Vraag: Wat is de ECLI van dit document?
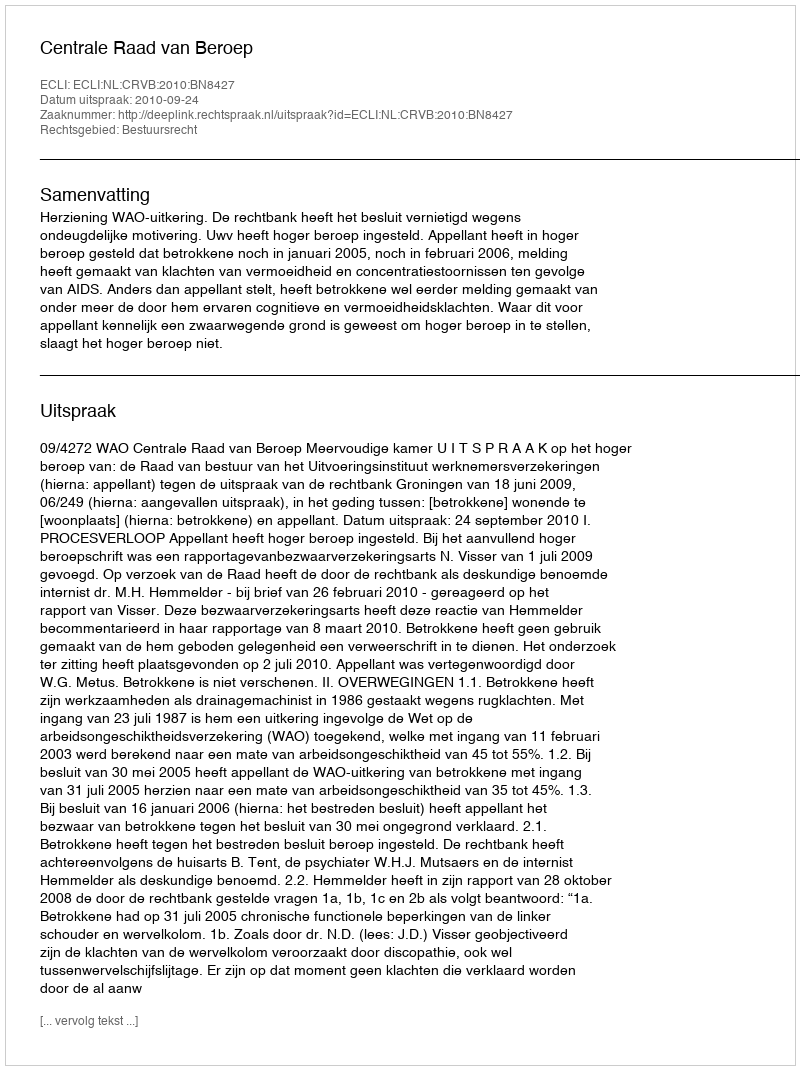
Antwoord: ECLI:NL:CRVB:2010:BN8427